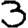
Digit: 3